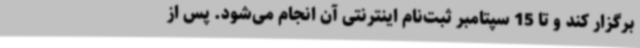
برگزار کند و تا 15 سپتامبر ثبت‌نام اینترنتی آن انجام می‌شود. پس از